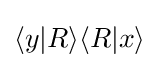
\langle y|R\rangle \langle R|x\rangle